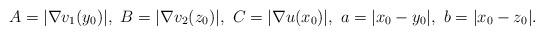
LaTeX: \begin{align*}A=|\nabla v_1(y_0)|,\, \, B=|\nabla v_2(z_0)|,\, \, C=|\nabla u(x_0)|, \, \, a=|x_0-y_0|, \, \, b=|x_0-z_0|. \end{align*}